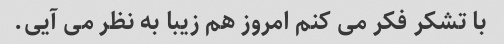
با تشکر فکر می کنم امروز هم زیبا به نظر می آیی.